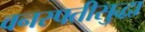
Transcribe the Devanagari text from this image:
वनस्पतीसुद्धा